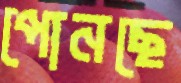
পোনছে